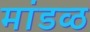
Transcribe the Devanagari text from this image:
मांडव्ठ